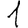
Digit: 1